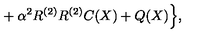
{ } + \alpha ^ { 2 } R ^ { ( 2 ) } R ^ { ( 2 ) } C ( X ) + Q ( X ) \Bigr \} ,